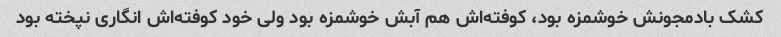
کشک بادمجونش خوشمزه بود، کوفته‌اش هم آبش خوشمزه بود ولی خود کوفته‌اش انگاری نپخته بود